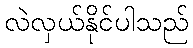
လဲလှယ်နိုင်ပါသည်